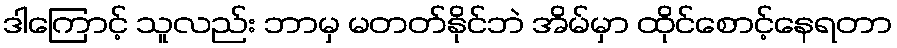
ဒါကြောင့် သူလည်း ဘာမှ မတတ်နိုင်ဘဲ အိမ်မှာ ထိုင်စောင့်နေရတာ